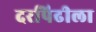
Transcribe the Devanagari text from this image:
दरपिढीला